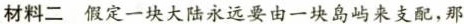
材料二 假定一块大陆永远要由一块岛屿来支配，那